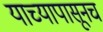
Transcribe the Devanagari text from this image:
याच्यापासूनच